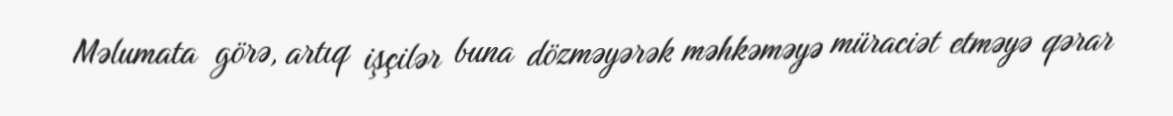
Məlumata görə, artıq işçilər buna dözməyərək məhkəməyə müraciət etməyə qərar